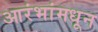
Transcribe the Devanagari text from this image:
आरंभांमधून